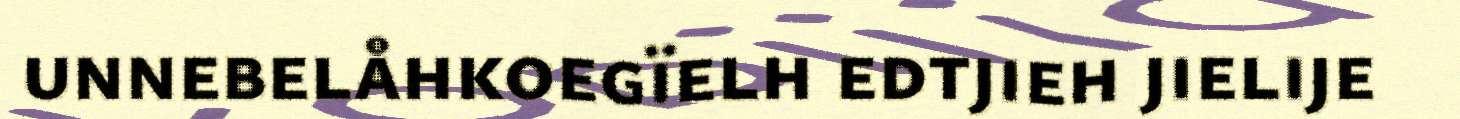
unnebelåhkoegïelh edtjieh jielije